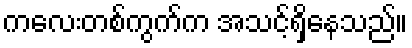
ကလေးတစ်ကွက်က အသင့်ရှိနေသည်။